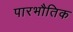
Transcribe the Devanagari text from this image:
पारभौतिक